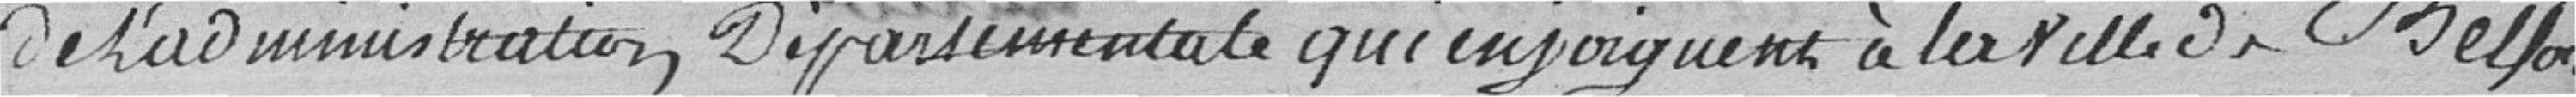
de l'administration départementale qui enjoignent à la ville de Belfort